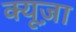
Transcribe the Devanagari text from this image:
क्यूज़ा